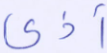
أذى